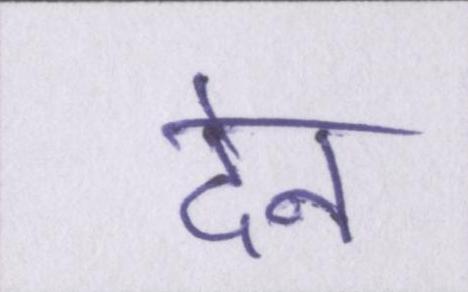
देन